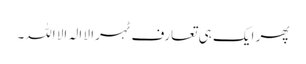
پھر ایک ہی تعارف ٹہرا لا الہ الا اللہ۔